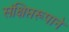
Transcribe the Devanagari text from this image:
संक्षिप्तरूपाने